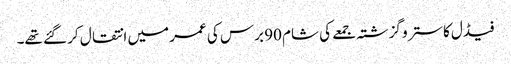
فیڈل کاسترو گزشتہ جمعے کی شام 90 برس کی عمر میں انتقال کر گئے تھے۔